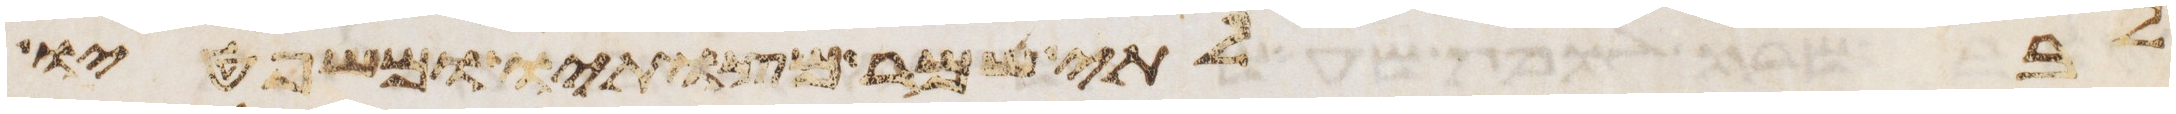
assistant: לבלתי שמר מצותיו ומשפטיו